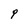
Character: q